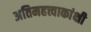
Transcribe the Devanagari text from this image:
अतिमहत्त्वाकांक्षी